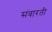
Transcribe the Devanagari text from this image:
संवारती